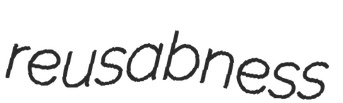
reusabness